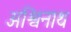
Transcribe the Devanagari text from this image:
अश्विनाथ